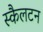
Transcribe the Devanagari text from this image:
स्कैलटन